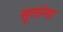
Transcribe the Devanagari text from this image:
सूतांना